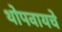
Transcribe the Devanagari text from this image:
थोपवायचे